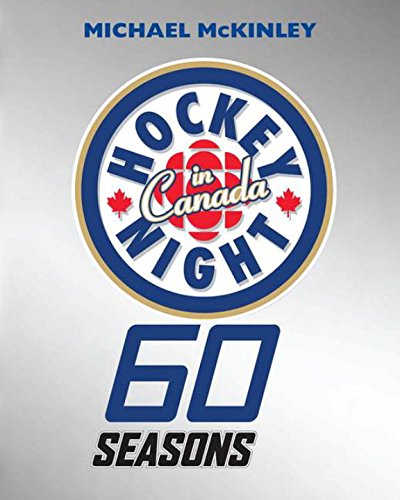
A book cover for Hockey Night in Canada: 60 Seasons; Michael McKinley; Sports & Outdoors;